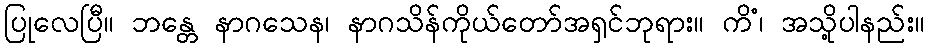
ပြုလေပြီ။ ဘန္တေ နာဂသေန၊ နာဂသိန်ကိုယ်တော်အရှင်ဘုရား။ ကိံ၊ အသို့ပါနည်း။